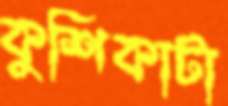
কুশিকাটা